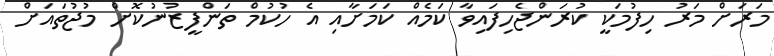
މަރަށް މަރު ހިފުމަކީ ކުރަންޖެހިފައިވާ ކަމެއް ކަމަށާއި އެ ހުކުމް ތަންފީޒުނުކޮށް މުޖުތައަށް